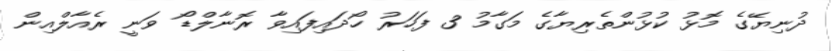
ދުނިޔޭގެ މޮޅު ކުޅުންތެރިޔާގެ މަގާމު 3 ފަހަރު ހޯދައިފައިވާ ރޮނާލްޑޯ ވަނީ ރެއާލްއިން